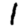
Digit: 1